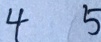
4 5